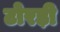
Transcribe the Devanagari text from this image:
टोरड़ी